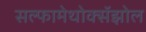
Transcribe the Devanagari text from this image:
सल्फामेथोक्सॅझोल